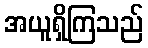
အယူရှိကြသည်